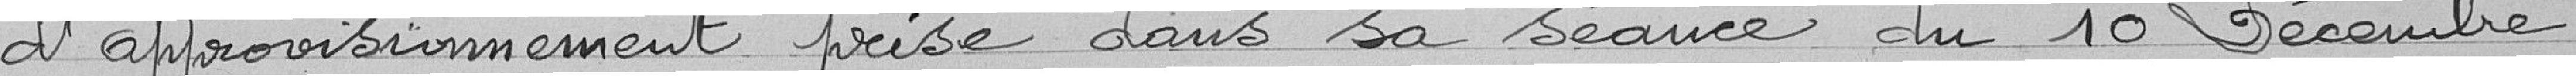
d'approvisionnement prise dans sa séance du 10 décembre,